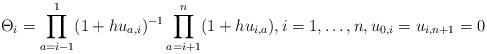
LaTeX: \begin{gather*}\Theta_i =\prod_{a=i-1}^{1} (1+h u_{a,i})^{-1} \prod_{a=i+1}^{n} (1+hu_{i,a}),i=1,\ldots,n, u_{0,i}=u_{i,n+1}=0\end{gather*}